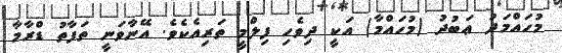
މުހައްމަދު ޢަބުދު (މުހައްމާ) އަކީ ދިވެހި ފިލްމީ ތަރިއެކެވެ. އޭނާވަނީ ތަފާތު ޑްރާމާ